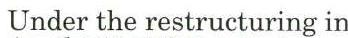
Under the restructuring in